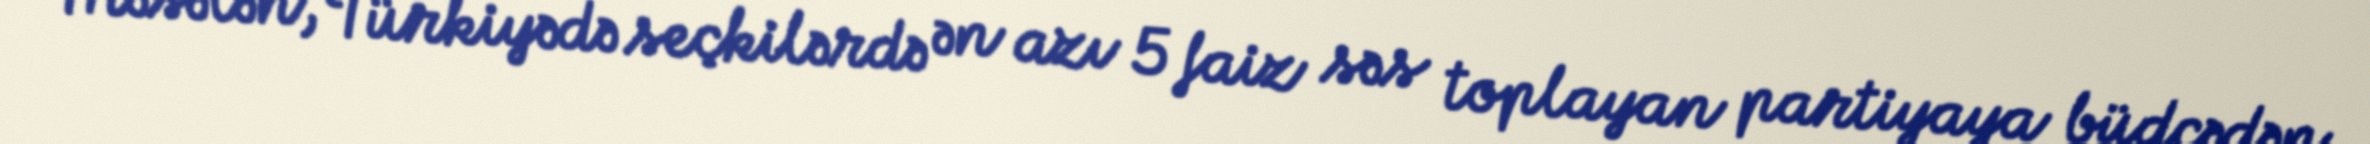
Məsələn, Türkiyədə seçkilərdə ən azı 5 faiz səs toplayan partiyaya büdcədən